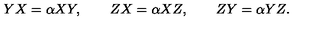
Y X = \alpha X Y , \qquad Z X = \alpha X Z , \qquad Z Y = \alpha Y Z .